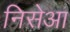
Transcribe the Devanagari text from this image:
निसेआ